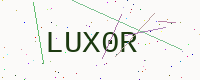
Text: LUX0R